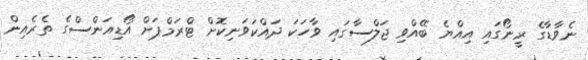
ނެވާޑާގެ ރީނޯގައި އިއްޔެ ބޭއްވި ޖަލްސާގައި ވާހަކަ ދައްކަވަނިކޮށް ޓްރަމްޕަށް އޯޑިއަންސްގެ ތެރެއިން